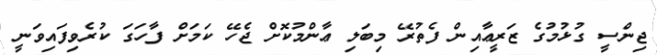
ޖިންސީ ގުޅުމުގެ ޒަރީޢާއިން ފެތުރޭ މިބަލި ޢާންމުކޮށް ޖެހޭ ކަމަށް ފާހަގަ ކުރެވިފައިވަނީ